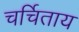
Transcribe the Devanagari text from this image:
चर्चिताय